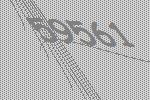
59561